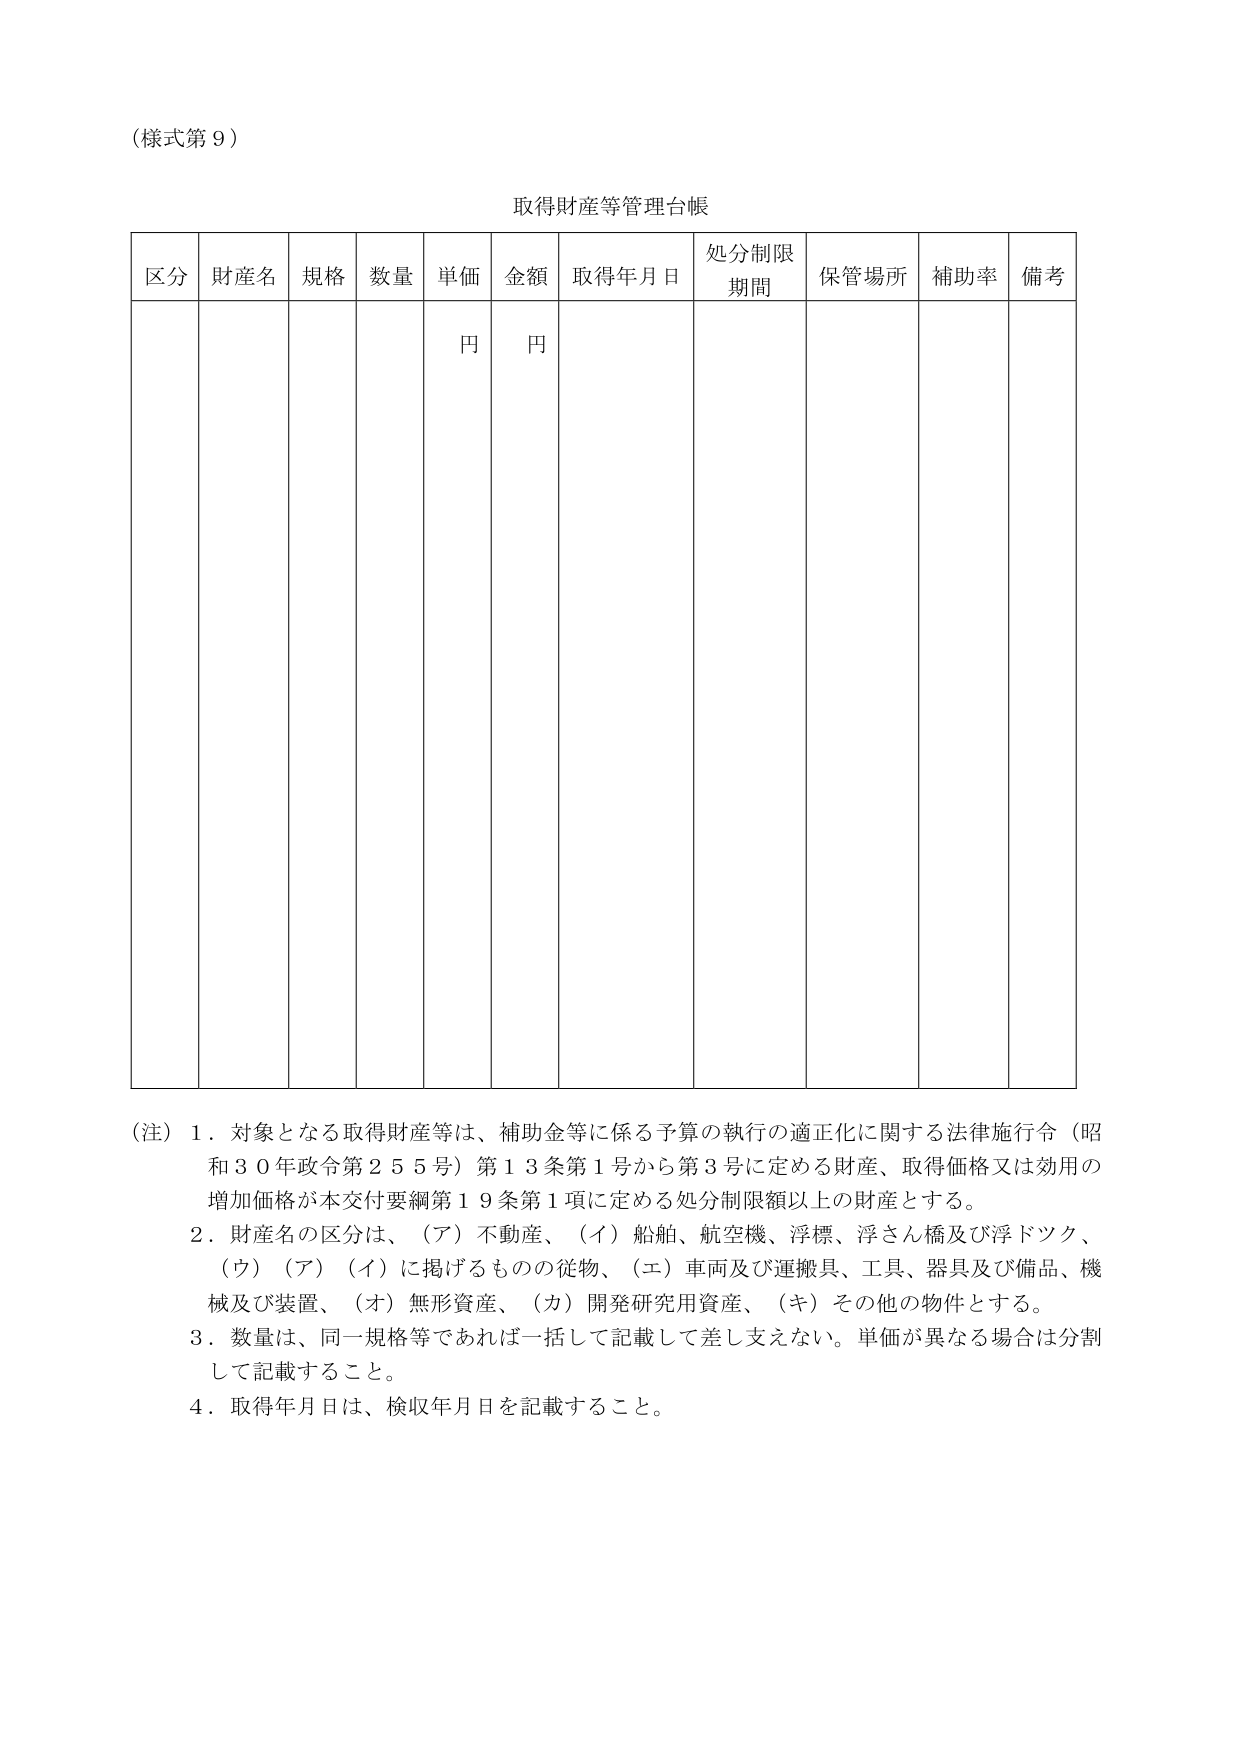
（様式第９）

取得財産等管理台帳

区分　財産名　規格　数量　単価　金額　取得年月日　処分制限期間　保管場所　補助率　備考
　　　　　　　　　円　　円

（注）１．対象となる取得財産等は、補助金等に係る予算の執行の適正化に関する法律施行令（昭和３０年政令第２５５号）第１３条第１号から第３号に定める財産、取得価格又は効用の増加価格が本交付要綱第１９条第１項に定める処分制限額以上の財産とする。
　　　２．財産名の区分は、（ア）不動産、（イ）船舶、航空機、浮標、浮さん橋及び浮ドツク、（ウ）（ア）（イ）に掲げるものの従物、（エ）車両及び運搬具、工具、器具及び備品、機械及び装置、（オ）無形資産、（カ）開発研究用資産、（キ）その他の物件とする。
　　　３．数量は、同一規格等であれば一括して記載して差し支えない。単価が異なる場合は分割して記載すること。
　　　４．取得年月日は、検収年月日を記載すること。